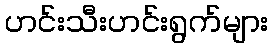
ဟင်းသီးဟင်းရွက်များ